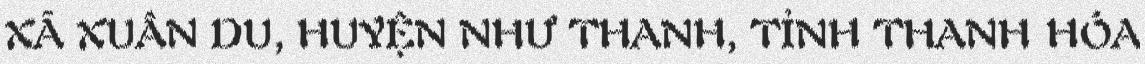
XÃ XUÂN DU, HUYỆN NHƯ THANH, TỈNH THANH HÓA